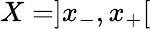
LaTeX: X=]x_{-},x_{+}[